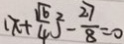
( x + \frac { \sqrt { 6 } } { 4 } ) ^ { 2 } - \frac { 2 7 } { 8 } = 0